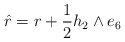
\begin{align*}\hat{r}=r+\frac{1}{2}h_{2}\wedge e_{6}\end{align*}